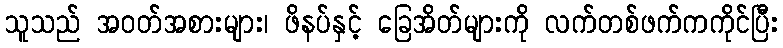
သူသည် အဝတ်အစားများ၊ ဖိနပ်နှင့် ခြေအိတ်များကို လက်တစ်ဖက်ကကိုင်ပြီး